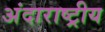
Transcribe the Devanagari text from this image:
अंदाराष्ट्रीय